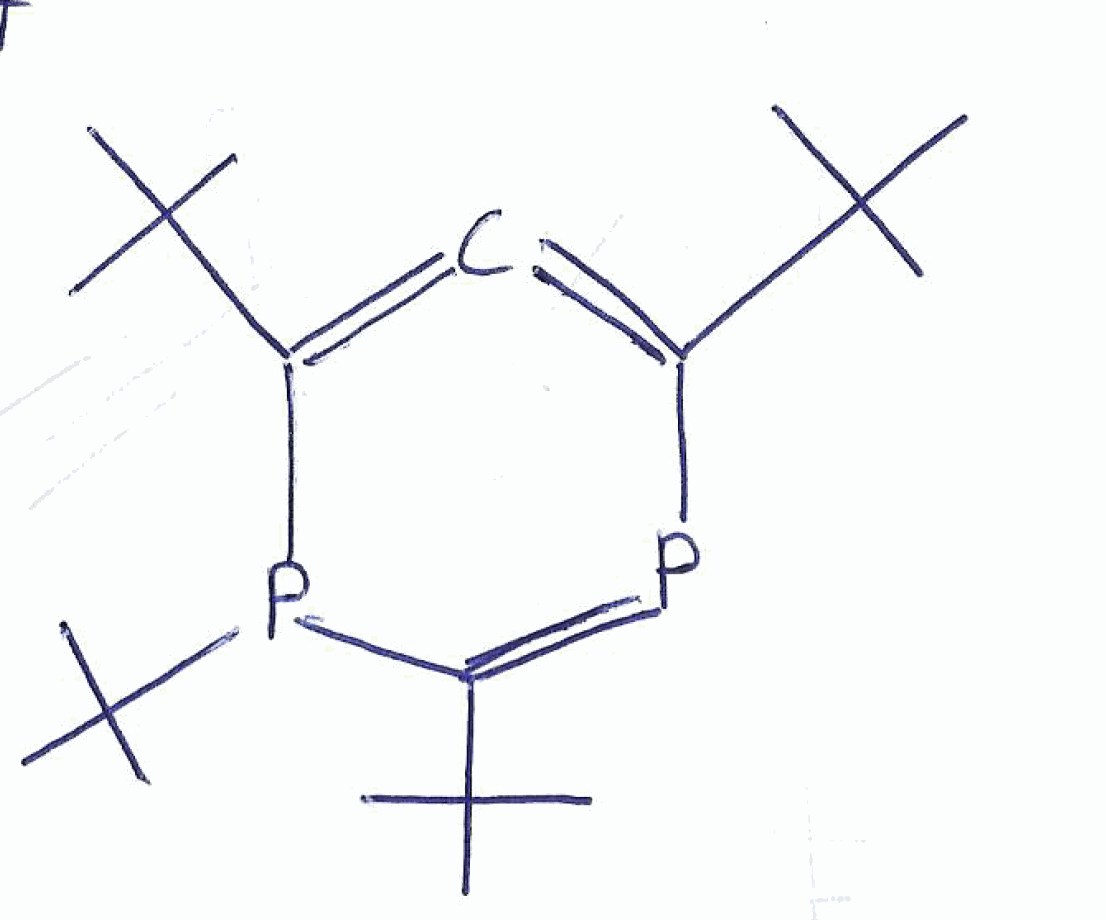
Simplified molecular-input line-entry system (SMILES) notation of the given molecule:
CC(C)(C)C1=C=C(P(C(=P1)C(C)(C)C)C(C)(C)C)C(C)(C)C